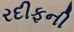
રદીફની